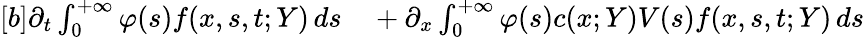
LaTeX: \begin{array}{r}{\begin{array}{rl}{[b]\partial_{t}\int_{0}^{+\infty}\varphi(s)f(x,s,t;Y)\, ds}&{{}+\partial_{x}\int_{0}^{+\infty}\varphi(s)c(x;Y)V(s)f(x,s,t;Y)\, ds}\end{array}}\end{array}